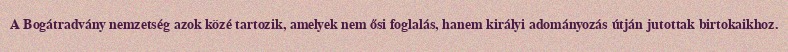
A Bogátradvány nemzetség azok közé tartozik, amelyek nem ősi foglalás, hanem királyi adományozás útján jutottak birtokaikhoz.